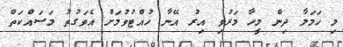
މި ހަމަލާ ދިން މީހާ މަރުވި އިރު އޭނާ ހުއްޓުވުމަށް އެވަގުތު މަސައްކަތް